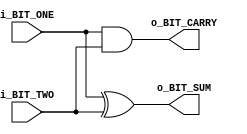
/**
    Author: Phan Gia Anh
    Updated: 15/1/2020

    Half_Adder takes two bits and add them together 
**/

module Half_Adder( i_BIT_ONE, i_BIT_TWO, o_BIT_SUM, o_BIT_CARRY );

    input   i_BIT_ONE, i_BIT_TWO;

    output  o_BIT_SUM, o_BIT_CARRY;

    xor     bit_sum_calculate( o_BIT_SUM, i_BIT_ONE, i_BIT_TWO );
    
    and     bit_carry_calculate( o_BIT_CARRY, i_BIT_ONE, i_BIT_TWO );

endmodule